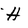
Character: H